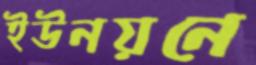
ইউনয়নে